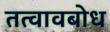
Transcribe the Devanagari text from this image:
तत्वावबोध